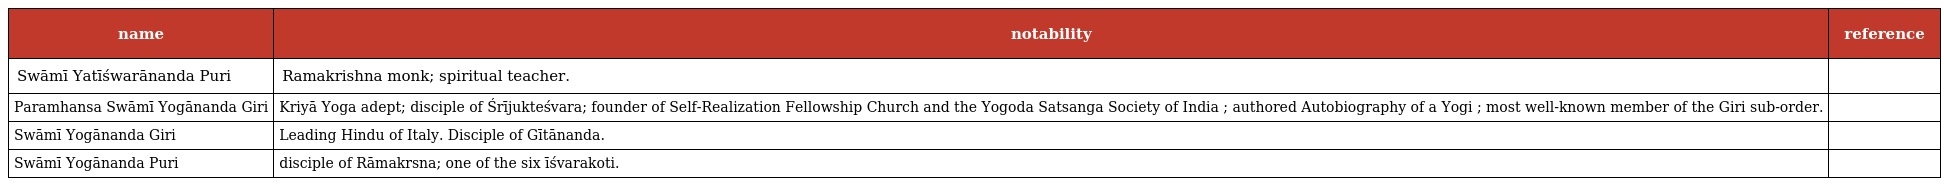
| name | notability | reference |
 | --- | --- | --- |
 | Swāmī Yatīśwarānanda Puri | Ramakrishna monk; spiritual teacher. |  |
 | Paramhansa Swāmī Yogānanda Giri | Kriyā Yoga adept; disciple of Śrījukteśvara; founder of Self-Realization Fellowship Church and the Yogoda Satsanga Society of India ; authored Autobiography of a Yogi ; most well-known member of the Giri sub-order. |  |
 | Swāmī Yogānanda Giri | Leading Hindu of Italy. Disciple of Gītānanda. |  |
 | Swāmī Yogānanda Puri | disciple of Rāmakrsna; one of the six īśvarakoti. |  |